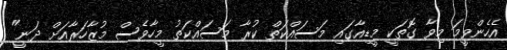
އެހެންވީމަ މިވާ ގޮތަކީ މީޑިއާގައި މަސައްކަތް ކުރާ މަސައްކަތު މީހާވެސް މުޒާހަރާއަށް ދަނީ"